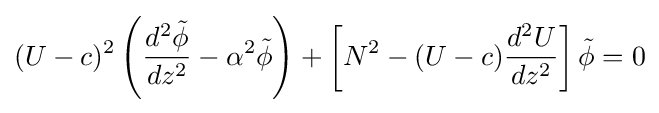
(U-c)^{2}\left({d^{2}{\tilde {\phi }} \over dz^{2}}-\alpha ^{2}{\tilde {\phi }}\right)+\left[N^{2}-(U-c){d^{2}U \over dz^{2}}\right]{\tilde {\phi }}=0